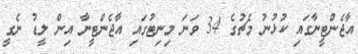
އާޖެންޓީނާގައި ކުޅުނު މެޗުގެ 34 ވަނަ މިނިޓުގައި އާޖެންޓީނާ އިން ލީޑު ނެގީ